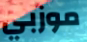
موزبي